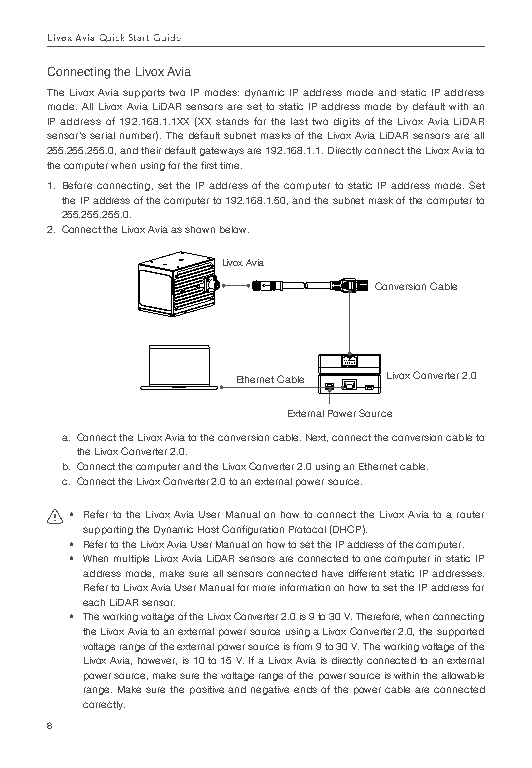
Livox Avia Quick Start Guide
 Connecting the Livox Avia
 The Livox Avia supports two IP modes: dynamic IP address mode and static IP address
 mode. All Livox Avia LiDAR sensors are set to static IP address mode by default with an
 IP address of 192.168.1.1XX (XX stands for the last two digits of the Livox Avia LiDAR
 sensor’s serial number). The default subnet masks of the Livox Avia LiDAR sensors are all
 255.255.255.0, and their default gateways are 192.168.1.1. Directly connect the Livox Avia to
 the computer when using for the first time.
 1. Before connecting, set the IP address of the computer to static IP address mode. Set
 the IP address of the computer to 192.168.1.50, and the subnet mask of the computer to
 255.255.255.0.
 2. Connect the Livox Avia as shown below.
 Livox Avia
 Conversion Cable
 Ethernet Cable Livox Converter 2.0
 External Power Source
 a. Connect the Livox Avia to the conversion cable. Next, connect the conversion cable to
 the Livox Converter 2.0.
 b. Connect the computer and the Livox Converter 2.0 using an Ethernet cable.
 c. Connect the Livox Converter 2.0 to an external power source.
 • Refer to the Livox Avia User Manual on how to connect the Livox Avia to a router
 supporting the Dynamic Host Configuration Protocol (DHCP).
 • Refer to the Livox Avia User Manual on how to set the IP address of the computer.
 • When multiple Livox Avia LiDAR sensors are connected to one computer in static IP
 address mode, make sure all sensors connected have different static IP addresses.
 Refer to Livox Avia User Manual for more information on how to set the IP address for
 each LiDAR sensor.
 • The working voltage of the Livox Converter 2.0 is 9 to 30 V. Therefore, when connecting
 the Livox Avia to an external power source using a Livox Converter 2.0, the supported
 voltage range of the external power source is from 9 to 30 V. The working voltage of the
 Livox Avia, however, is 10 to 15 V. If a Livox Avia is directly connected to an external
 power source, make sure the voltage range of the power source is within the allowable
 range. Make sure the positive and negative ends of the power cable are connected
 correctly.
 8